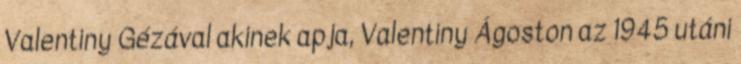
Valentiny Gézával akinek apja, Valentiny Ágoston az 1945 utáni